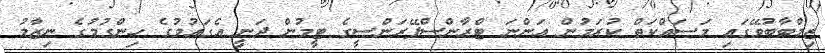
ޒިމްބާބުވޭގައި މަސައްކަތް ކުރަމުން އަންނަ ޓްރާންސްޕޭރަންސީގެ ޓީމުން ދަނީ އެގައުމުގެ ހިންގުމުގެ ނިޒާމު